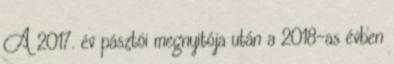
A 2017. év pásztói megnyitója után a 2018-as évben